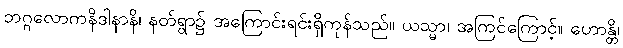
ဘဂ္ဂလောကနိဒါနာနိ၊ နတ်ရွာ၌ အကြောင်းရင်းရှိကုန်သည်။ ယသ္မာ၊ အကြင်ကြောင့်။ ဟောန္တိ၊